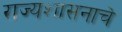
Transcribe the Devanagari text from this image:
राज्यशासनाचे